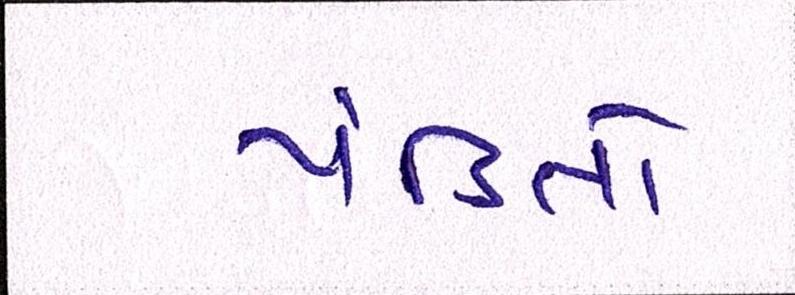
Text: પંડિતો